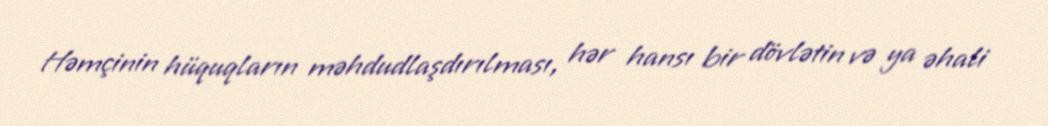
Həmçinin hüquqların məhdudlaşdırılması, hər hansı bir dövlətin və ya əhali